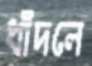
ধাঁদলে